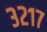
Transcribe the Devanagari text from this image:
३२१७